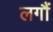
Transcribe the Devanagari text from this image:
लगौं